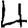
Digit: 4